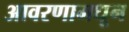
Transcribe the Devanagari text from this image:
आवरणामधून